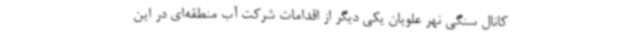
کانال سنگی نهر علویان یکی دیگر از اقدامات شرکت آب منطقه‌ای در این